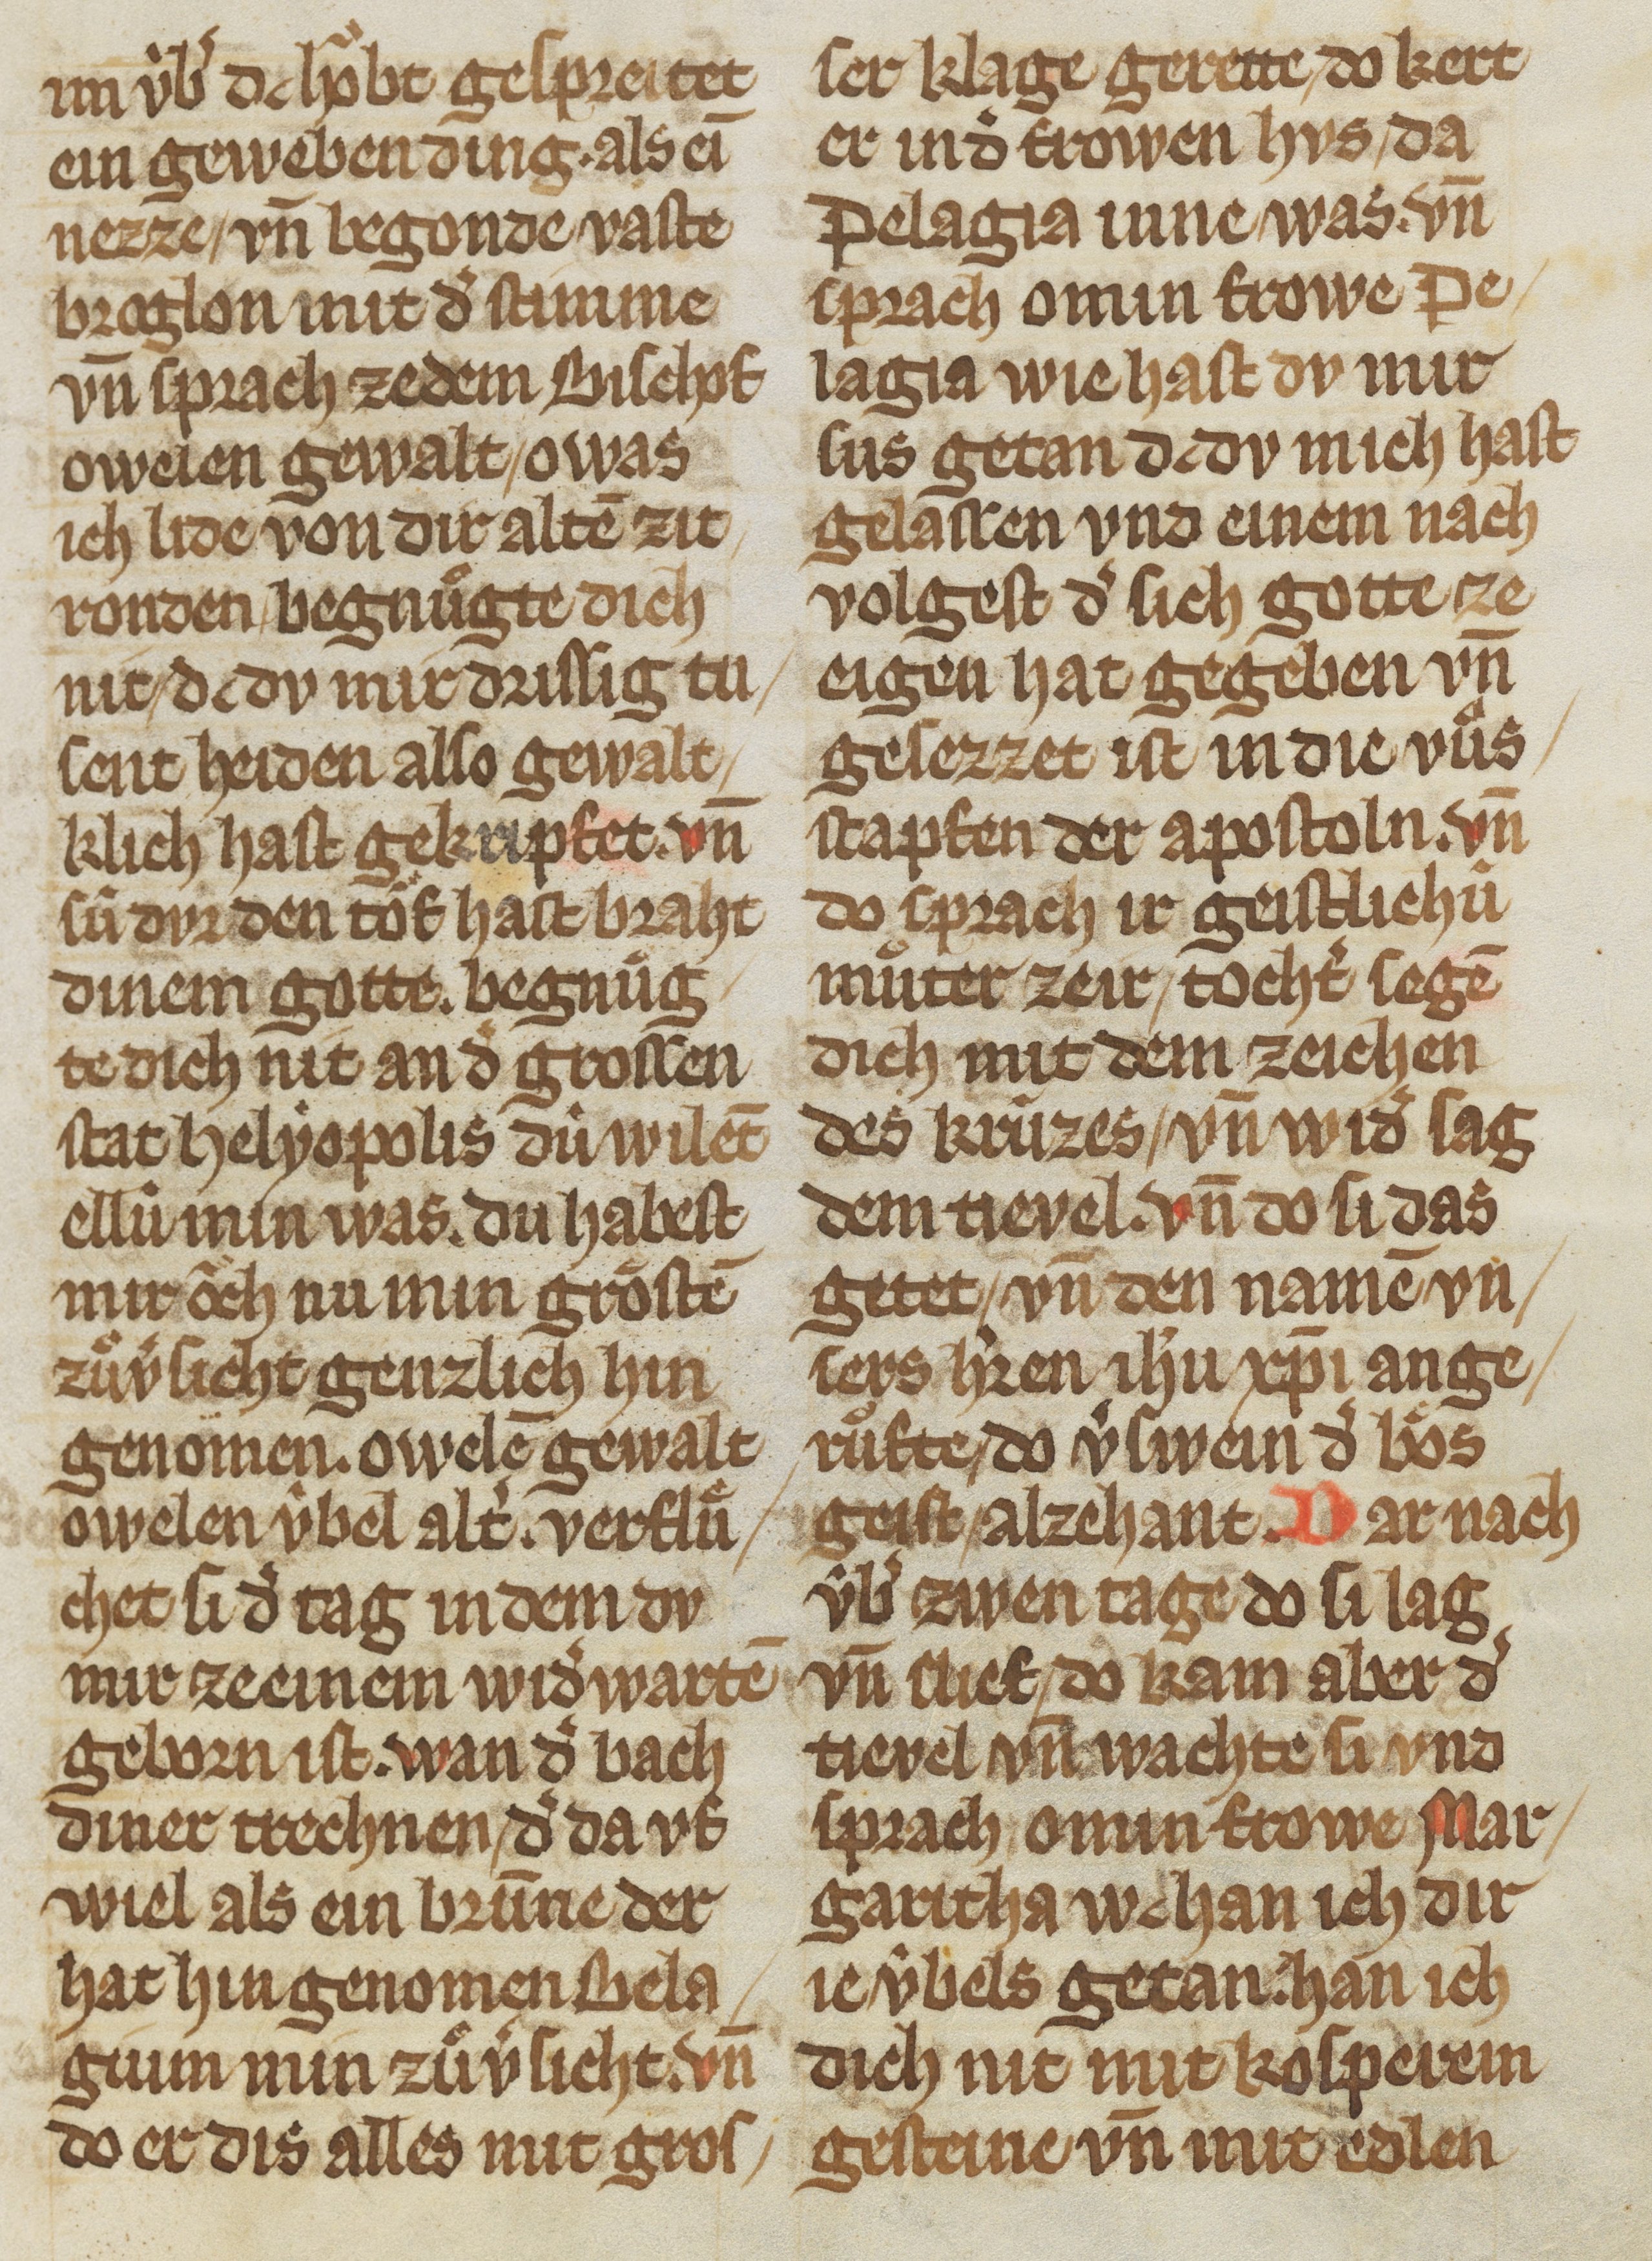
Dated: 1325–1349